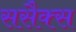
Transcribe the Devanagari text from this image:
ससैक्स